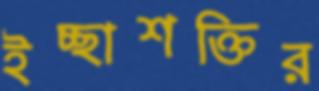
ইচ্ছাশক্তির